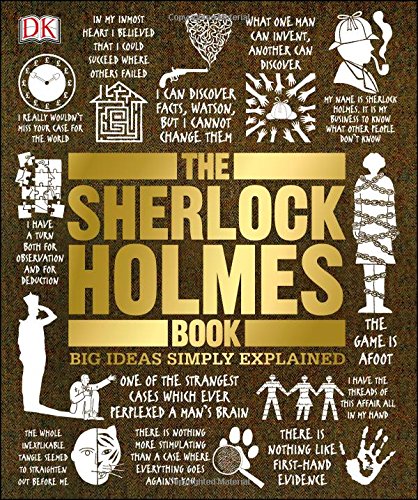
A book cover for The Sherlock Holmes Book (Big Ideas Simply Explained); DK Publishing; Mystery, Thriller & Suspense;